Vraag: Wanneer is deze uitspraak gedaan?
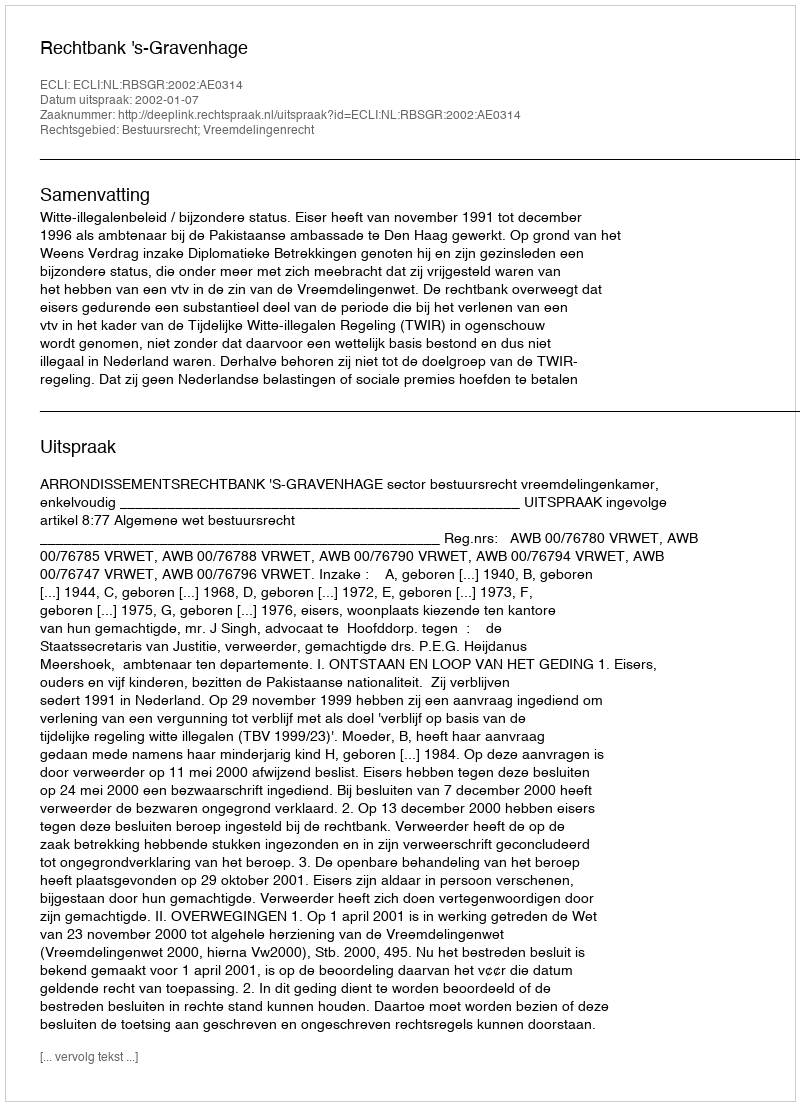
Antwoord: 2002-01-07